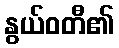
နွယ်ဝတီ၏